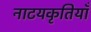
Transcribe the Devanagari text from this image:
नाटयकृतियाँ